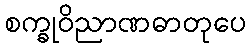
စက္ခုဝိညာဏဓာတုပေ